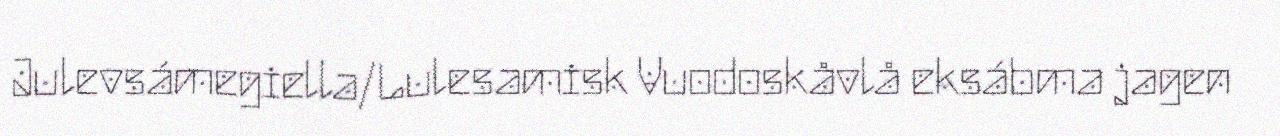
Julevsámegiella/Lulesamisk Vuodoskåvlå eksábma jagen